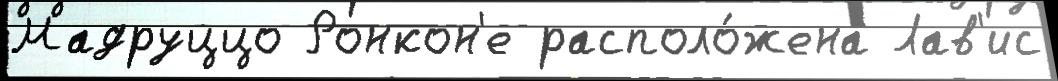
Мадруццо Ронкон'е располо́жена Лав'ис